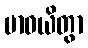
ဗာဓယိတွာ